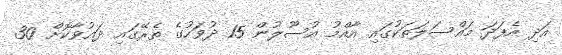
އަދި އެފަދަ މައްސަލަތަކުގައި އާއްމު އުސޫލުން 15 ދުވަހުގެ ތެރޭގައި ދައުވާކޮށް 30